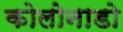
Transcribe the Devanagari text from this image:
कोलोनाडो